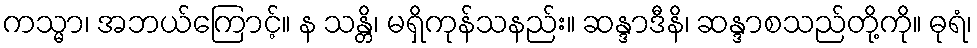
ကသ္မာ၊ အဘယ်ကြောင့်။ န သန္တိ၊ မရှိကုန်သနည်း။ ဆန္ဒာဒီနိ၊ ဆန္ဒာစသည်တို့ကို။ ဓုရံ၊